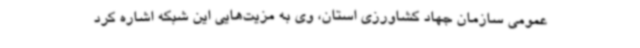
عمومی سازمان جهاد کشاورزی استان، وی به مزیت‌هایی این شبکه اشاره کرد